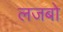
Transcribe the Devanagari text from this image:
लजबो